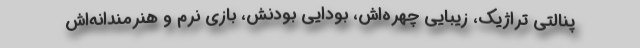
پنالتی تراژیک، زیبایی چهره‌اش، بودایی بودنش، بازی نرم و هنرمندانه‌اش